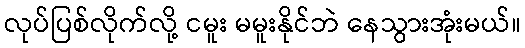
လုပ်ပြစ်လိုက်လို့ ငမူး မမူးနိုင်ဘဲ နေသွားအုံးမယ်။